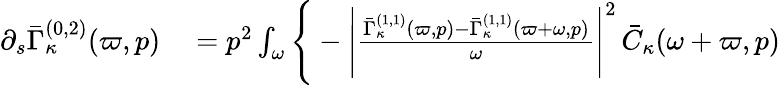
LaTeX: \begin{array}{rl}{\partial_{s}\bar{\Gamma}_{\kappa}^{(0,2)}(\varpi,p)}&{{}=p^{2}\int_{\omega}\Bigg\{ -\Bigg|\frac{\bar{\Gamma}_{\kappa}^{(1,1)}(\varpi,p)-\bar{\Gamma}_{\kappa}^{(1,1)}(\varpi+\omega,p)}{\omega}\Bigg|^{2}\, \bar{C}_{\kappa}(\omega+\varpi,p)}\end{array}